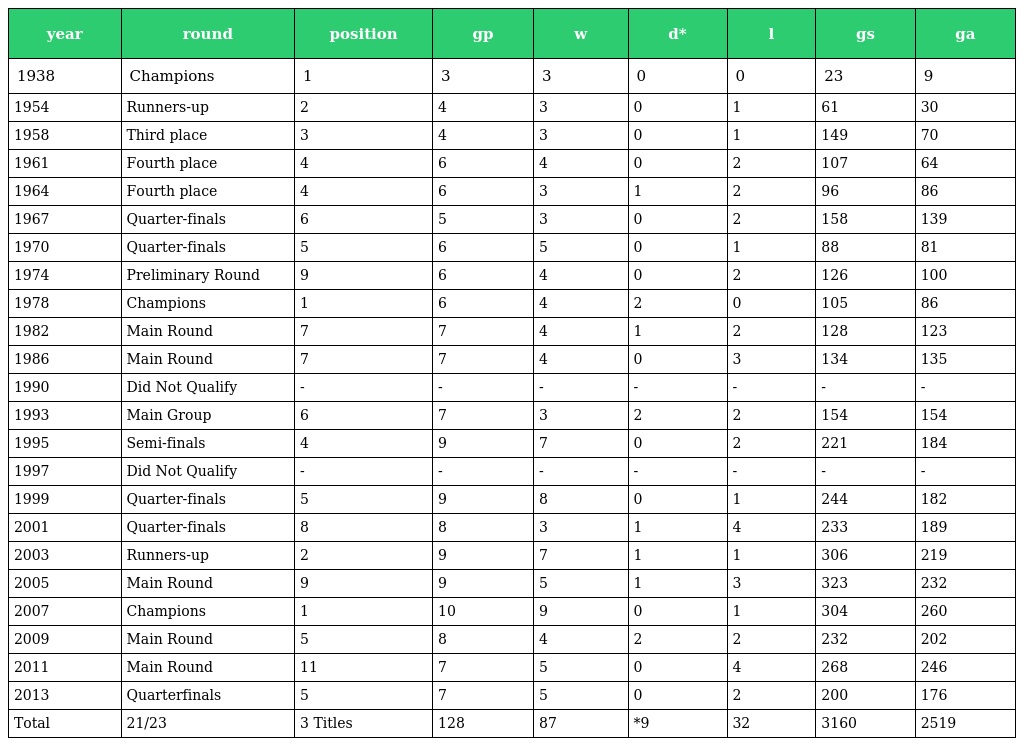
| year | round | position | gp | w | d* | l | gs | ga |
 | --- | --- | --- | --- | --- | --- | --- | --- | --- |
 | 1938 | Champions | 1 | 3 | 3 | 0 | 0 | 23 | 9 |
 | 1954 | Runners-up | 2 | 4 | 3 | 0 | 1 | 61 | 30 |
 | 1958 | Third place | 3 | 4 | 3 | 0 | 1 | 149 | 70 |
 | 1961 | Fourth place | 4 | 6 | 4 | 0 | 2 | 107 | 64 |
 | 1964 | Fourth place | 4 | 6 | 3 | 1 | 2 | 96 | 86 |
 | 1967 | Quarter-finals | 6 | 5 | 3 | 0 | 2 | 158 | 139 |
 | 1970 | Quarter-finals | 5 | 6 | 5 | 0 | 1 | 88 | 81 |
 | 1974 | Preliminary Round | 9 | 6 | 4 | 0 | 2 | 126 | 100 |
 | 1978 | Champions | 1 | 6 | 4 | 2 | 0 | 105 | 86 |
 | 1982 | Main Round | 7 | 7 | 4 | 1 | 2 | 128 | 123 |
 | 1986 | Main Round | 7 | 7 | 4 | 0 | 3 | 134 | 135 |
 | 1990 | Did Not Qualify | - | - | - | - | - | - | - |
 | 1993 | Main Group | 6 | 7 | 3 | 2 | 2 | 154 | 154 |
 | 1995 | Semi-finals | 4 | 9 | 7 | 0 | 2 | 221 | 184 |
 | 1997 | Did Not Qualify | - | - | - | - | - | - | - |
 | 1999 | Quarter-finals | 5 | 9 | 8 | 0 | 1 | 244 | 182 |
 | 2001 | Quarter-finals | 8 | 8 | 3 | 1 | 4 | 233 | 189 |
 | 2003 | Runners-up | 2 | 9 | 7 | 1 | 1 | 306 | 219 |
 | 2005 | Main Round | 9 | 9 | 5 | 1 | 3 | 323 | 232 |
 | 2007 | Champions | 1 | 10 | 9 | 0 | 1 | 304 | 260 |
 | 2009 | Main Round | 5 | 8 | 4 | 2 | 2 | 232 | 202 |
 | 2011 | Main Round | 11 | 7 | 5 | 0 | 4 | 268 | 246 |
 | 2013 | Quarterfinals | 5 | 7 | 5 | 0 | 2 | 200 | 176 |
 | Total | 21/23 | 3 Titles | 128 | 87 | *9 | 32 | 3160 | 2519 |